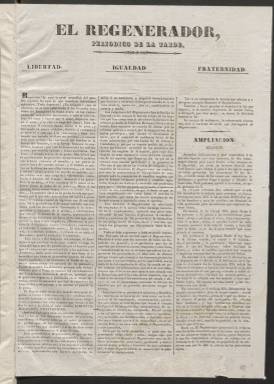
Título: El Regenerador (Madrid)
Colección: Periódicos anteriores a 1850
Ámbito geográfico: Madrid
Lugar de publicación: Madrid
Fechas: 01/01/1841-14/08/1841